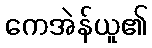
ကေအဲန်ယူ၏